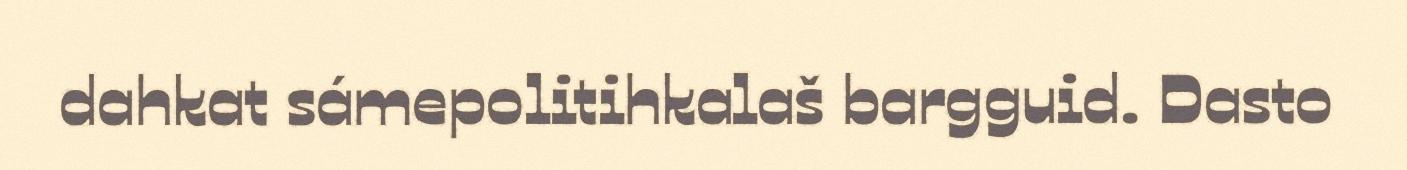
dahkat sámepolitihkalaš bargguid. Dasto